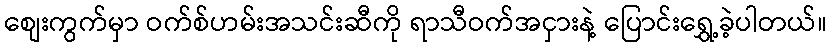
စျေးကွက်မှာ ဝက်စ်ဟမ်းအသင်းဆီကို ရာသီဝက်အငှားနဲ့ ပြောင်းရွှေ့ခဲ့ပါတယ်။